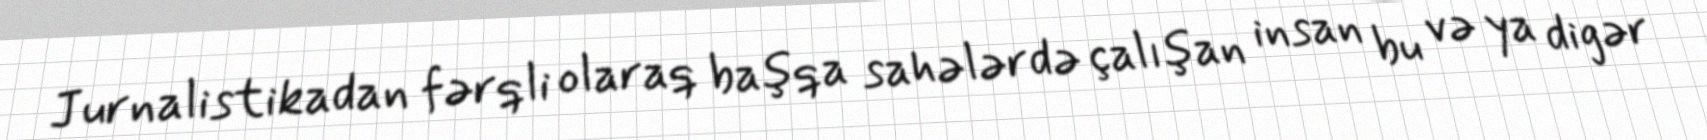
Jurnalistikadan fərqli olaraq başqa sahələrdə çalışan insan bu və ya digər